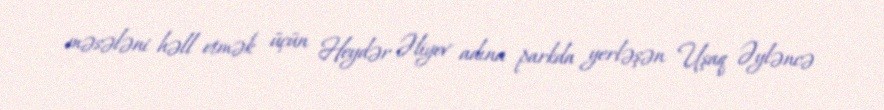
məsələni həll etmək üçün Heydər Əliyev adına parkda yerləşən Uşaq Əyləncə